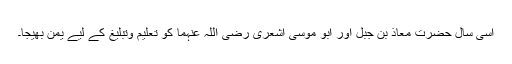
اسی سال حضرت معاذ بن جبل اور ابو موسیٰ اشعری رضی اللہ عنہما کو تعلیم وتبلیغ کے لیے یمن بھیجا۔